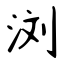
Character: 浏